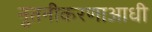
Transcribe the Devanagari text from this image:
नुतनीकरणाआधी